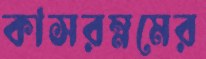
কাসরম্নমের